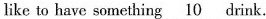
like to have something 10__ drink.